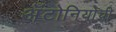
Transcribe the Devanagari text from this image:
अँटोनियोची